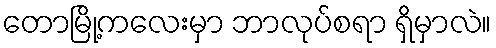
တောမြို့ကလေးမှာ ဘာလုပ်စရာ ရှိမှာလဲ။